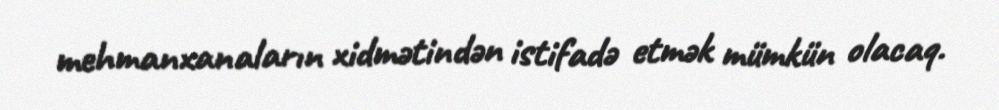
mehmanxanaların xidmətindən istifadə etmək mümkün olacaq.